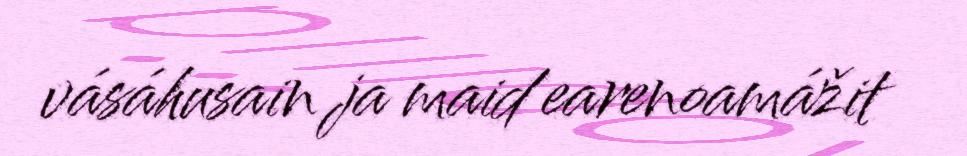
vásáhusain ja maid earenoamážit